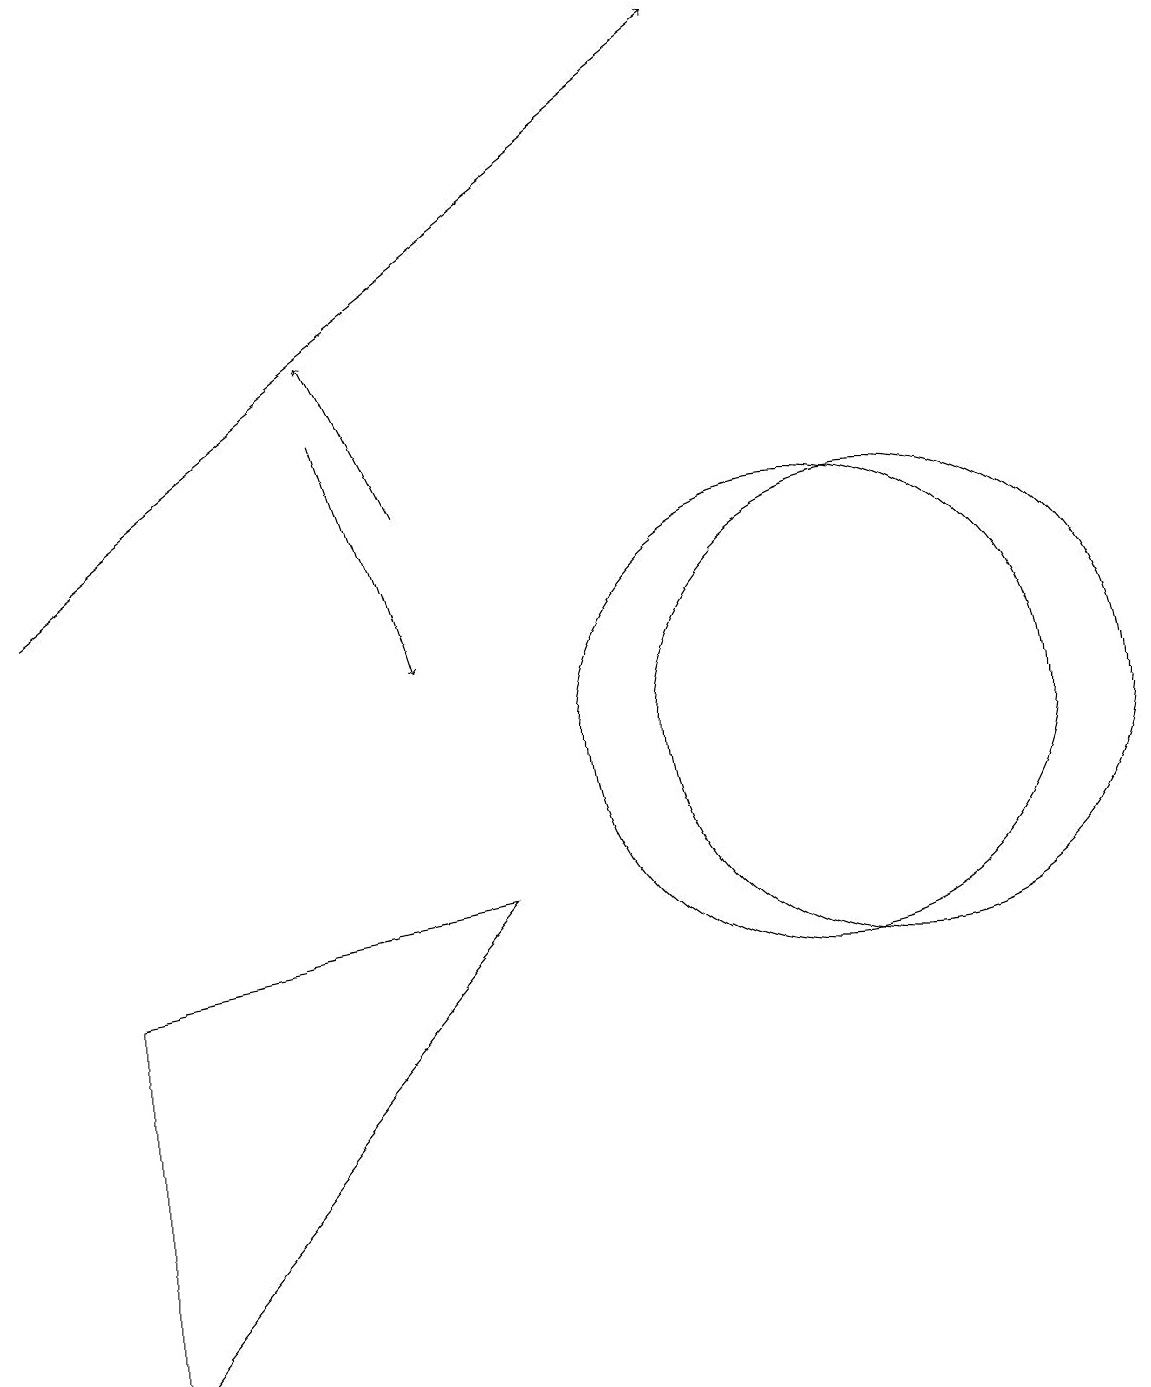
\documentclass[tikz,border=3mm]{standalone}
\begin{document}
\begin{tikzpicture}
\draw (11,10) circle (3);
\draw (10,10) circle (3);
\draw[->] (0,12) -- (9,19);
\draw (1,2) -- (6,8) -- (1,7) -- cycle;
\draw[->] (4,14) -- (5,11);
\draw[->] (5,13) -- (4,15);
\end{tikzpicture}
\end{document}